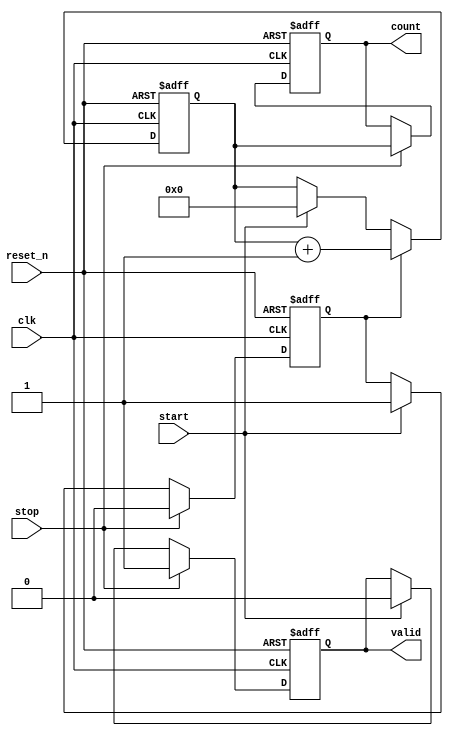
module TDC (
    input wire clk,           // System clock
    input wire reset_n,       // Active low reset
    input wire start,         // Start signal
    input wire stop,          // Stop signal
    output reg [7:0] count,   // Count output (adjust size based on your needs)
    output reg valid          // Output valid signal
);

    // Parameters
    parameter DELAY_COUNT = 8; // Number of delay cells
    reg [DELAY_COUNT-1:0] delay_line; // Delay line storage
    reg [7:0] counter; // Counter to store the number of delay elements passed
    reg measuring; // State variable to indicate if measuring is in progress

    // Initialize values
    initial begin
        count = 8'b0;
        valid = 1'b0;
        counter = 8'b0;
        delay_line = {DELAY_COUNT{1'b0}};
        measuring = 1'b0;
    end

    // Delay line simulation (for demonstration purposes)
    always @(posedge clk or negedge reset_n) begin
        if (!reset_n) begin
            delay_line <= {DELAY_COUNT{1'b0}};
        end else if (measuring) begin
            // Shift delay line for each clock cycle while measuring
            delay_line <= {delay_line[DELAY_COUNT-2:0], 1'b1}; // Insert a '1' at the end
        end
    end

    // Control Logic
    always @(posedge clk or negedge reset_n) begin
        if (!reset_n) begin
            measuring <= 1'b0;
            counter <= 8'b0;
            count <= 8'b0;
            valid <= 1'b0;
        end else begin
            if (start) begin
                measuring <= 1'b1; // Start measuring
                counter <= 8'b0;   // Reset counter
                valid <= 1'b0;     // Invalidate output
            end
            
            if (measuring) begin
                counter <= counter + 1; // Increment counter for each clock cycle
            end
            
            if (stop) begin
                measuring <= 1'b0; // Stop measuring
                count <= counter;   // Capture the count value
                valid <= 1'b1;      // Set valid output
            end
        end
    end

endmodule